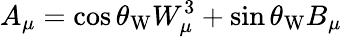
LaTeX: A_{\mu}=\cos\theta_{\mathrm{W}}W_{\mu}^{3}+\sin\theta_{\mathrm{W}}B_{\mu}